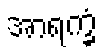
အာရက္ခံ